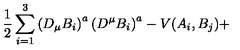
\frac { 1 } { 2 } \sum _ { i = 1 } ^ { 3 } \left( D _ { \mu } B _ { i } \right) ^ { a } \left( D ^ { \mu } B _ { i } \right) ^ { a } - V ( A _ { i } , B _ { j } ) +